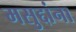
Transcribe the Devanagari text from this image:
मसुद्दांना